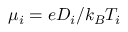
\mu _ { i } = { e } D _ { i } / k _ { B } T _ { i }